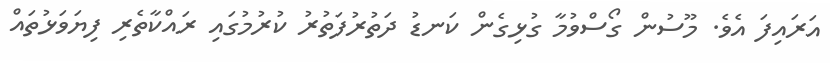
އަރައިފަ އެވެ. މޫސުން ގޯސްވުމާ ގުޅިގެން ކަނޑު ދަތުރުފަތުރު ކުރުމުގައި ރައްކާތެރި ފިޔަވަޅުތައް